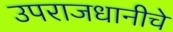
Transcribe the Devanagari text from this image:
उपराजधानीचे